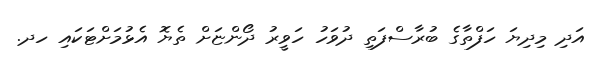
އަދި މިދިޔަ ހަފްތާގެ ބުރާސްފަތި ދުވަހު ހަވީރު ދޯންޏަށް ތެޔޮ އެޅުމަށްޓަކައި ހދ.